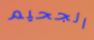
الجحيم